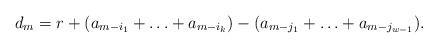
LaTeX: \begin{align*}d_m=r+(a_{m-i_1}+\ldots+a_{m-i_k})-(a_{m-j_1}+\ldots+a_{m-j_{w-1}}).\end{align*}